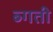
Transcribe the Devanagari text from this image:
ब्गती